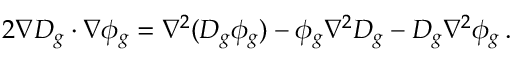
2 \nabla D _ { g } \cdot \nabla \phi _ { g } = \nabla ^ { 2 } ( D _ { g } \phi _ { g } ) - \phi _ { g } \nabla ^ { 2 } D _ { g } - D _ { g } \nabla ^ { 2 } \phi _ { g } \, .